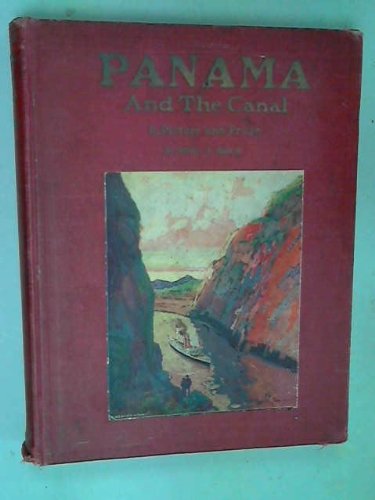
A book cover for Panama and the canal in picture and prose; Willis J Abbot; Travel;